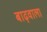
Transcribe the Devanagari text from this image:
बाढ़वाला